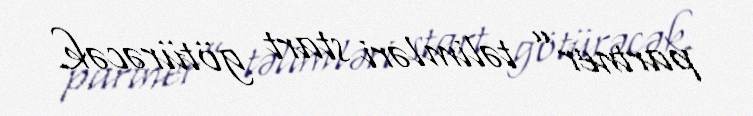
partner” təlimləri start götürəcək.